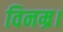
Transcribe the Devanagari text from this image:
विनम्र।